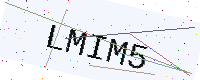
Text: LMIM5